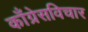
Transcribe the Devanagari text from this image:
काँग्रेसविचार